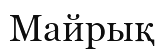
Майрық